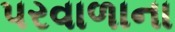
પરવાળાના